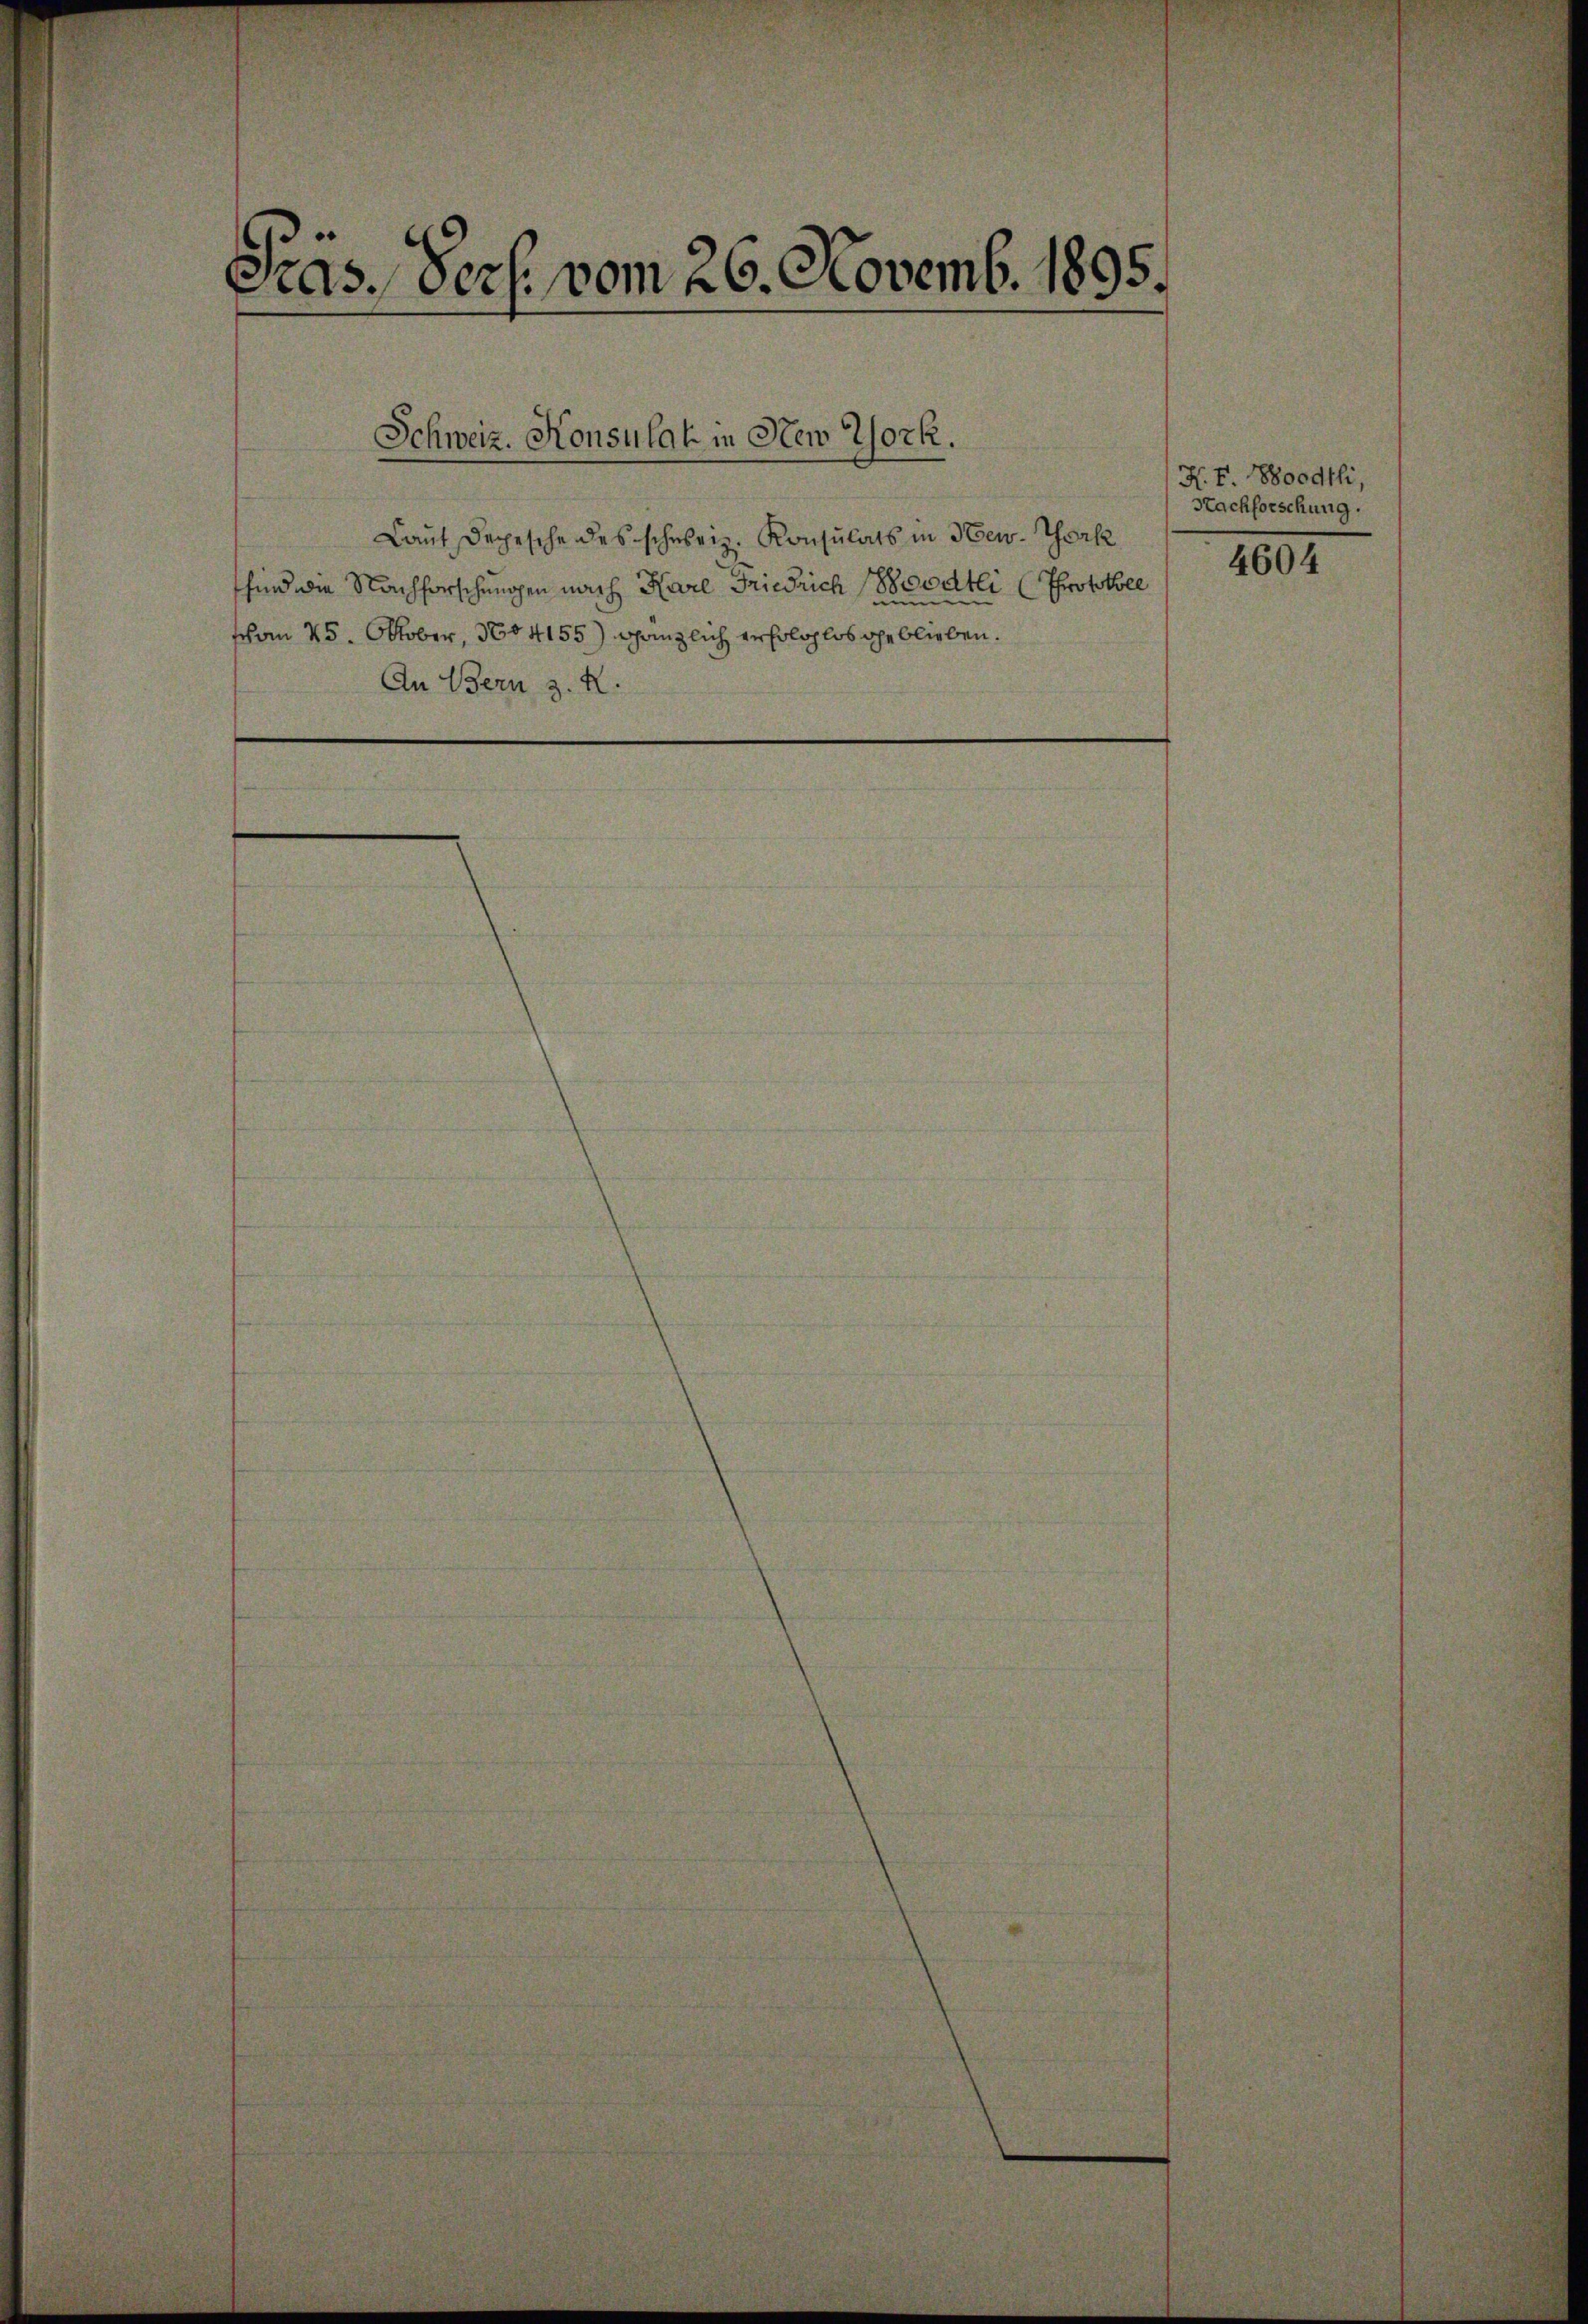
Pras. Pers. vom 26. Novemb. 1895.

Laut Depesche des schweiz. Konsulats in New-York
sind die Nachforschungen nach Karl Friedrich soodtli (Protokoll
schon 25. Oktober, 1604155) gänzlich erfolglos geblieben.
An Bern z. R.

Schweiz. Konsulat in New York.

N. F. 8oodtli,
Nachforschung.
4604